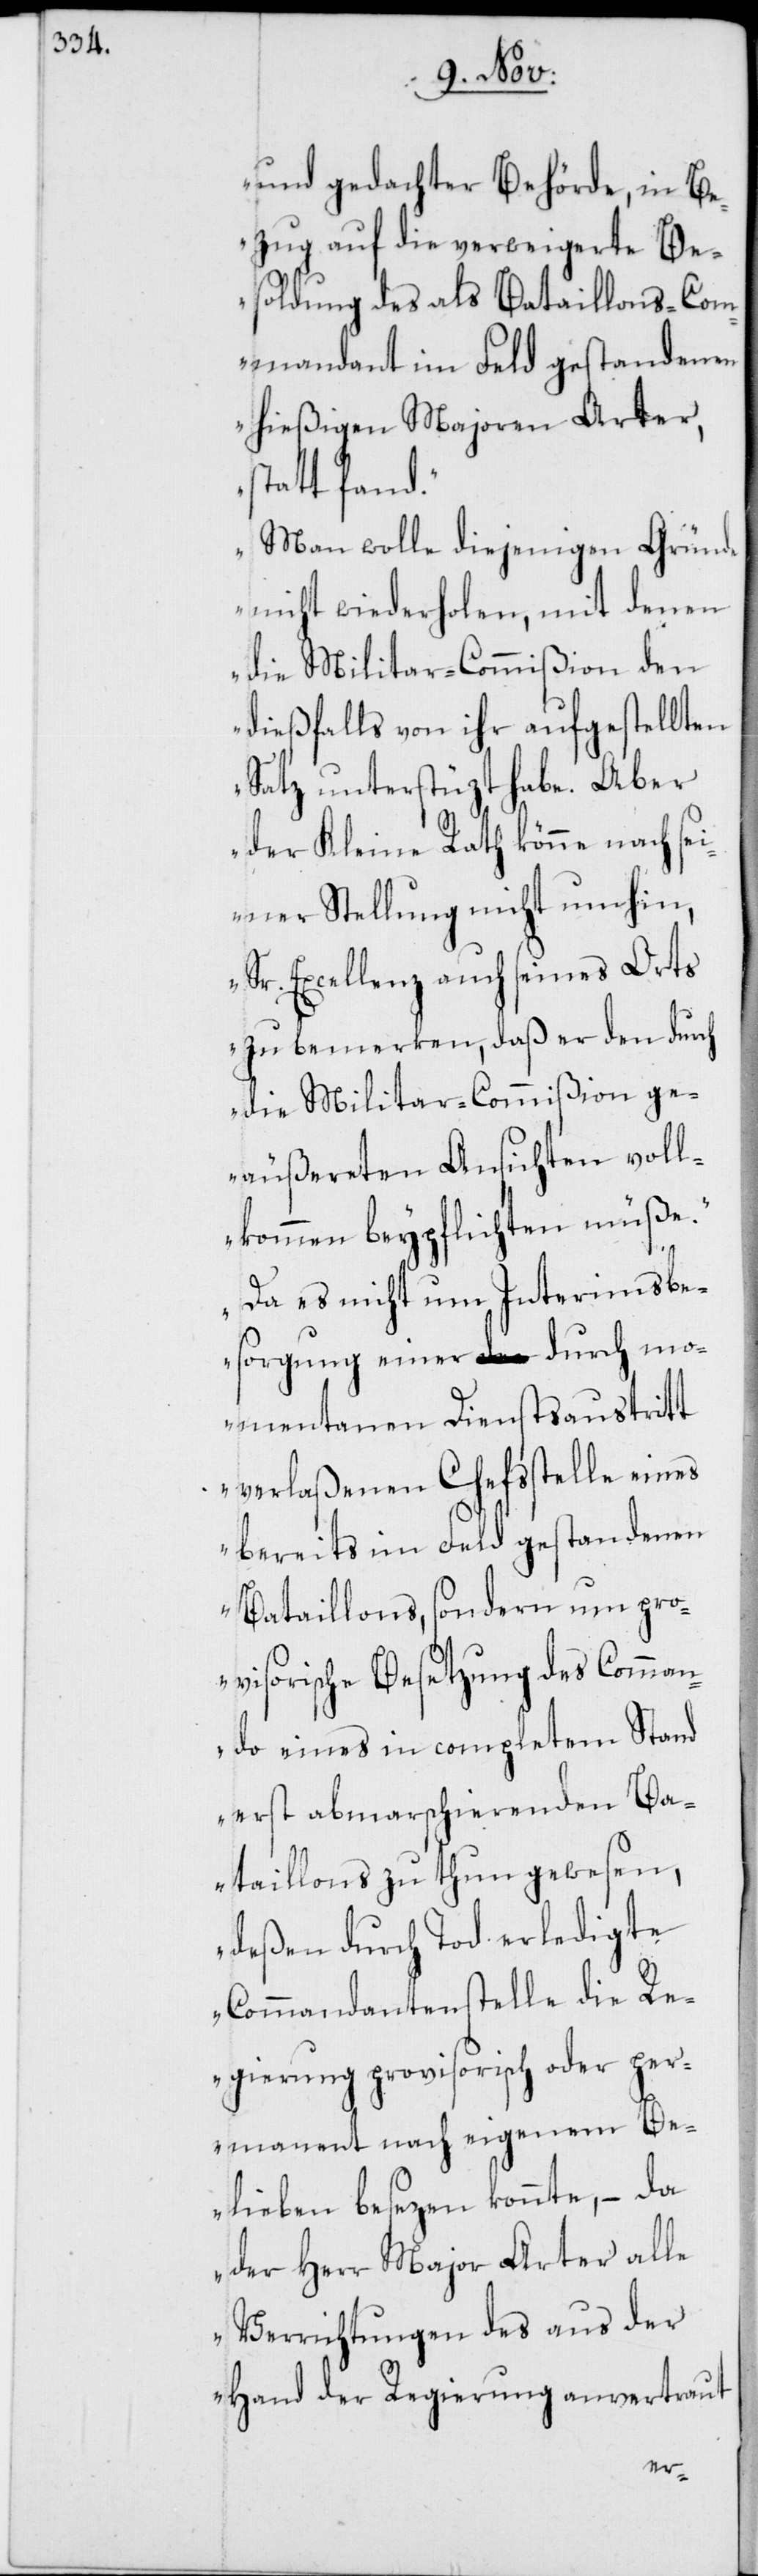
und gedachter Behörde, in Be¬
zug auf die verweigerte Be¬
soldung des als Bataillons-Com¬
mandant im Feld gestandenen
hießigen Majoren Arter,
statt fand.
Man wolle diejenigen Gründe
nicht wiederholen, mit denen
die Militar-Commißion den
dießfalls von ihr aufgestellten
Satz unterstüzt habe. Aber
der Kleine Rath könne nach sei¬
ner Stellung nicht umhin,
Sr. Excellenz, auch seines Orts
zu bemerken, daß er den durch
die Militar-Commißion ge¬
äußereten Ansichten voll¬
kommen beypflichten müße.
Da es nicht um Interimsbe¬
sorgung einer durch mo¬
mentanen Dienstaustritt
verlaßenen Chefsstelle eines
bereits im Feld gestandenen
Bataillons, sondern um pro¬
visorische Besetzung des Comman¬
do eines in completem Stand
erst abmarschierenden Ba¬
taillons zu thun gewesen,
deßen durch Tod erledigte
Commandantenstelle die Re¬
gierung provisorisch oder per¬
manent nach eigenem Be¬
lieben besetzen konnte, – da
der Herr Major Arter alle
Verrichtungen des aus der
Hand der Regierung anvertraut